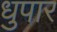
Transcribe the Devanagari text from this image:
धुपार